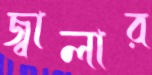
জ্বালার